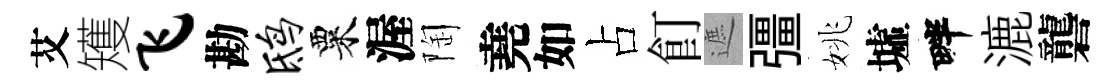
艾矱飞勘鸱粟渥陶堯如占飣遮彊姚墟畔漉礱